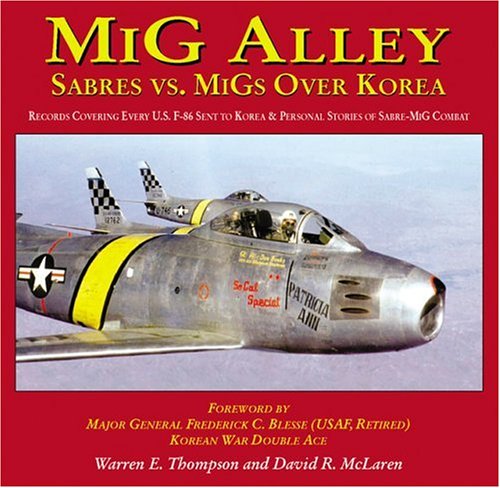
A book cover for MiG Alley: Sabres Vs. MiGs Over Korea; Warren E Thompson; History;